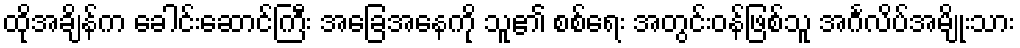
ထိုအချိန်က ခေါင်းဆောင်ကြီး အခြေအနေကို သူ၏ စစ်ရေး အတွင်းဝန်ဖြစ်သူ အင်္ဂလိပ်အမျိုးသား